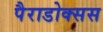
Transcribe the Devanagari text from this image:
पैराडोक्सस